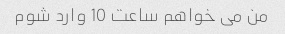
من می خواهم ساعت 10 وارد شوم